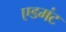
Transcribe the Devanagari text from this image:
एडमंट